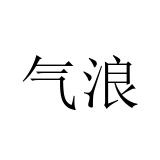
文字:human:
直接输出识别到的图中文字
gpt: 气浪